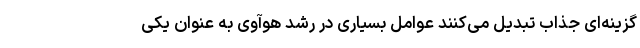
گزینه‌ای جذاب تبدیل می‌کنند عوامل بسیاری در رشد هوآوی به عنوان یکی